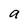
Character: a